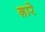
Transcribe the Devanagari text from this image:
ग़ारे